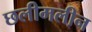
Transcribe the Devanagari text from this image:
छलीमलीन